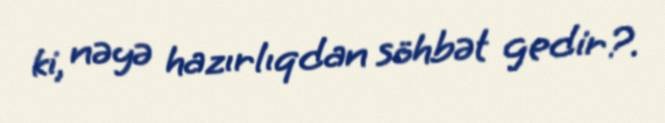
ki, nəyə hazırlıqdan söhbət gedir?.